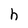
Character: h